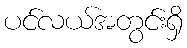
ပင်လယ်အတွင်းရှိ